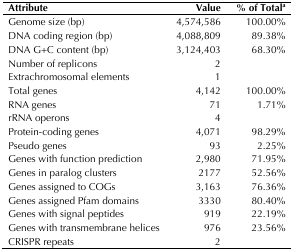
<table><thead><tr><td><b>Attribute</b></td><td><b>Value</b></td><td><b>% of Total<sup>a</sup></b></td></tr></thead><tbody><tr><td>Genome size (bp)</td><td>4,574,586</td><td>100.00%</td></tr><tr><td>DNA coding region (bp)</td><td>4,088,809</td><td>89.38%</td></tr><tr><td>DNA G+C content (bp)</td><td>3,124,403</td><td>68.30%</td></tr><tr><td>Number of replicons</td><td>2</td><td></td></tr><tr><td>Extrachromosomal elements</td><td>1</td><td></td></tr><tr><td>Total genes</td><td>4,142</td><td>100.00%</td></tr><tr><td>RNA genes</td><td>71</td><td>1.71%</td></tr><tr><td>rRNA operons</td><td>4</td><td></td></tr><tr><td>Protein-coding genes</td><td>4,071</td><td>98.29%</td></tr><tr><td>Pseudo genes</td><td>93</td><td>2.25%</td></tr><tr><td>Genes with function prediction</td><td>2,980</td><td>71.95%</td></tr><tr><td>Genes in paralog clusters</td><td>2177</td><td>52.56%</td></tr><tr><td>Genes assigned to COGs</td><td>3,163</td><td>76.36%</td></tr><tr><td>Genes assigned Pfam domains</td><td>3330</td><td>80.40%</td></tr><tr><td>Genes with signal peptides</td><td>919</td><td>22.19%</td></tr><tr><td>Genes with transmembrane helices</td><td>976</td><td>23.56%</td></tr><tr><td>CRISPR repeats</td><td>2</td><td></td></tr></tbody></table>